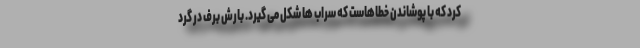
کرد که با پوشاندن خطاهاست که سراب ها شکل می گیرد. بارش برف در گرد